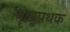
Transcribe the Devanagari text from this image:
नॄत्यपथक